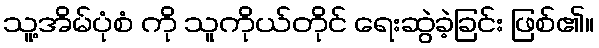
သူ့အိမ်ပုံစံ ကို သူကိုယ်တိုင် ရေးဆွဲခဲ့ခြင်း ဖြစ်၏။